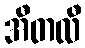
အီတလီ